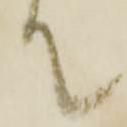
て